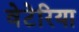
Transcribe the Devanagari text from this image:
वेटेरिया